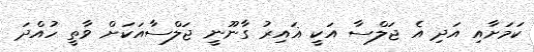
ކަމަށާއި އަދި އެ ޖަލްސާ އަކީ ޣައިރު ގާނޫނީ ޖަލްސާއަކަށް ވާތީ ހުއްދަ